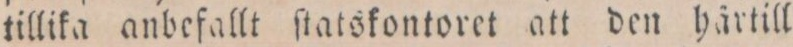
tillika anbefallt ſtatskontoret att den härtill